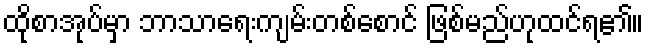
ထိုစာအုပ်မှာ ဘာသာရေးကျမ်းတစ်စောင် ဖြစ်မည်ဟုထင်ရ၏။